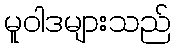
မူဝါဒများသည်